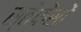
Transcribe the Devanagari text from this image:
स्तेफेंसों